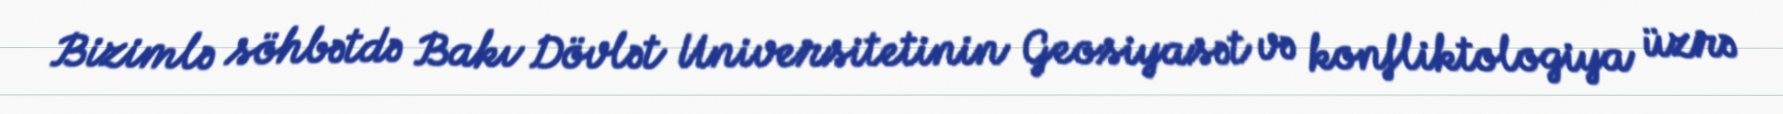
Bizimlə söhbətdə Bakı Dövlət Universitetinin Geosiyasət və konfliktologiya üzrə